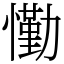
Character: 懄